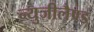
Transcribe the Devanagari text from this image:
न्युजीलैण्ड